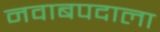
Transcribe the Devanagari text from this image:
नवाबपदाला